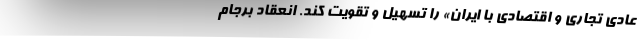
عادی تجاری و اقتصادی با ایران» را تسهیل و تقویت کند. انعقاد برجام